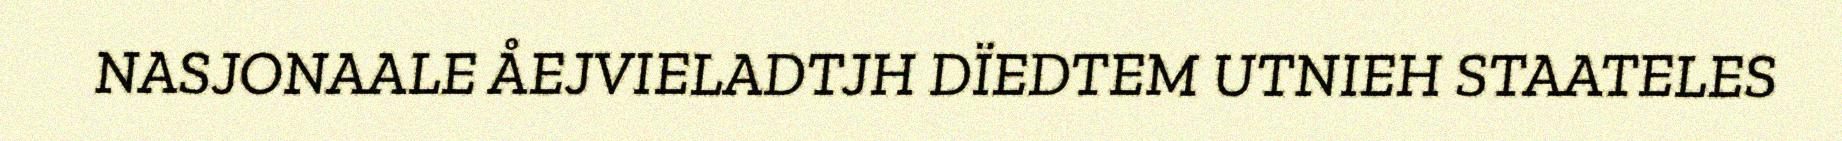
NASJONAALE ÅEJVIELADTJH DÏEDTEM UTNIEH STAATELES